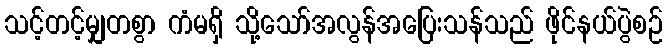
သင့်တင့်မျှတစွာ ကံမရှိ သို့သော်အလွန်အပြေးသန်သည် ဖိုင်နယ်ပွဲစဉ်